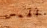
الهمس